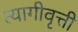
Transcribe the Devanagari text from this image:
त्यागीवृत्ती